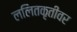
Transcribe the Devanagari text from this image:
ललितकृतीवर